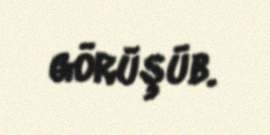
görüşüb.